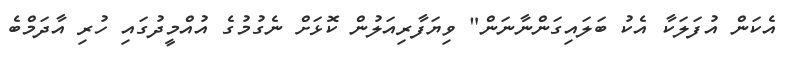
އެކަން އުފަލަކާ އެކު ބަލައިގަންނާނަން" ވިޔަފާރިއަލުން ކޮޅަށް ނެގުމުގެ އުއްމީދުގައި ހުރި އާދަމްބެ